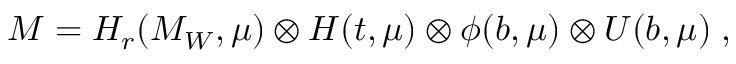
{ \cal M } = H _ { r } ( M _ { W } , \mu ) \otimes H ( t , \mu ) \otimes \phi ( b , \mu ) \otimes U ( b , \mu ) \; ,